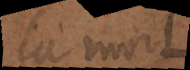
la mort